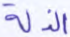
الذلة